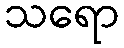
သရော